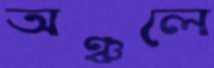
অঞ্চলে